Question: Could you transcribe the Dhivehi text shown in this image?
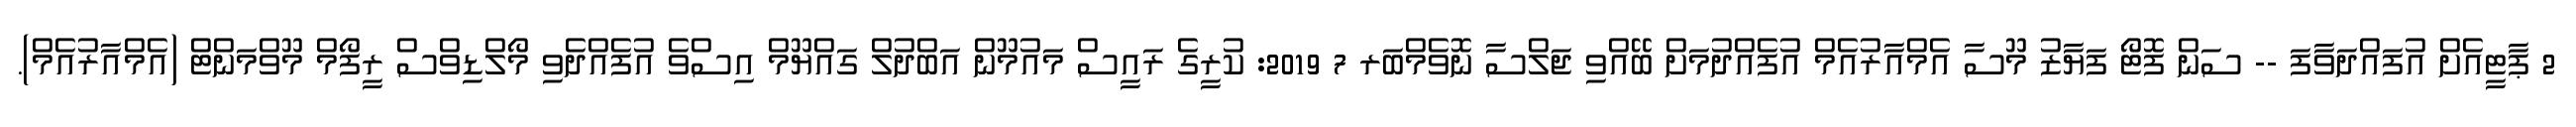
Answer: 2 ޕާޓީއެށް އުފައްދަވާފަ -- ސަން ފޮޓޯ ފަޔާޒު މޫސާ އެމްއާރުއެމް އުފެއްދުމަށް ބޭއްވި ޖަލްސާ ނޮވެމްބަރ 7 2019: ކުރީގެ ރައީސް މައުމޫން އަބްދުލް ގައްޔޫމް އިސްވެ އުފެއްދެވި މޯލްޑިވްސް ރީފޯމް މޫވްމަންޓް (އެމްއާރުއެމް).